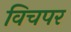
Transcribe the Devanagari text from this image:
विचपर